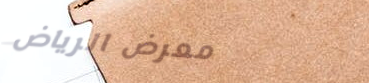
معرض الرياض